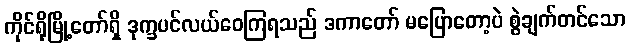
ကိုင်ရိုမြို့တော်ရှိ ဒုက္ခပင်လယ်ဝေကြရသည် ဒကာတော် မပြောတော့ပဲ စွဲချက်တင်သော